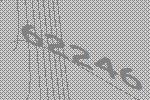
62246